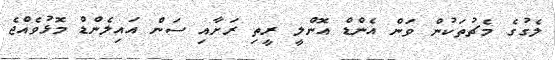
ލެގުގެ މެޗުތަކުން ވަން އެންޑް އޮންލީ ރީތި ރަށާއި ސަން އައިލެންޑް މޮޅުވެއްޖެ